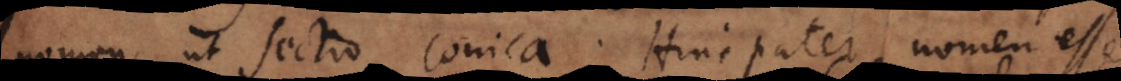
nomen, ut sectio conica. Hinc patet, nomen esse